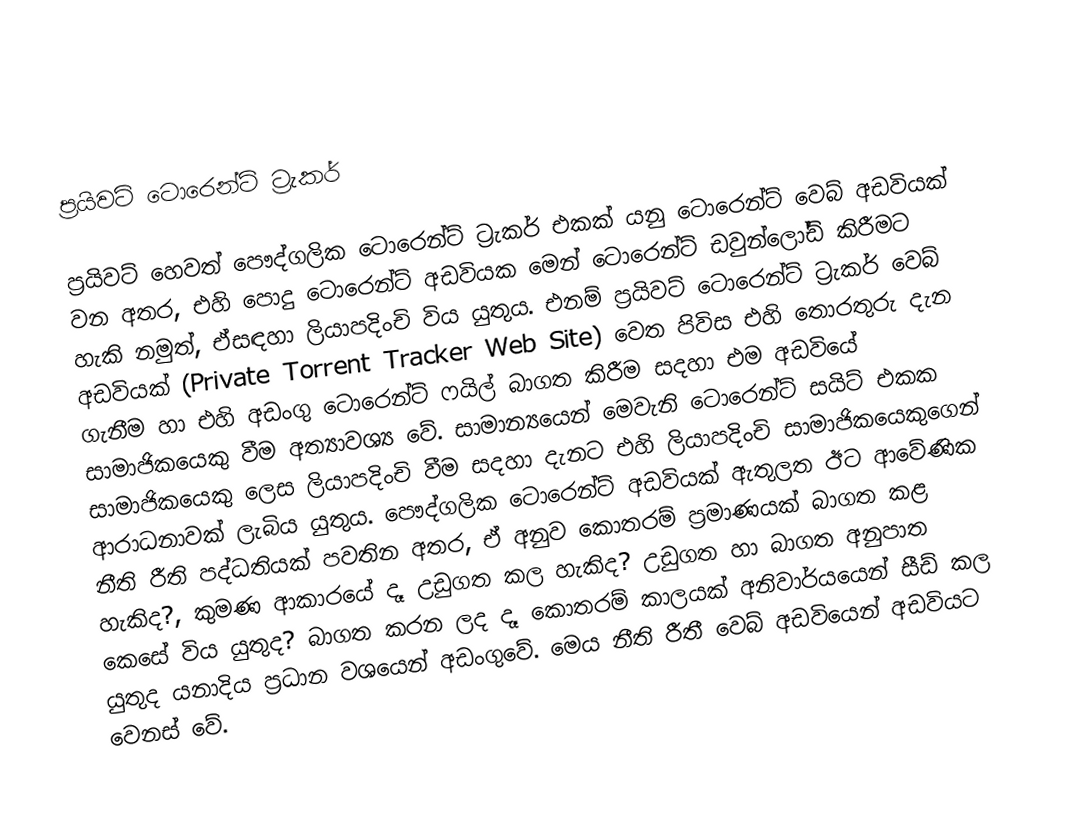

ප්‍රයිවට් ටොරෙන්ට් ට්‍රැකර්

ප්‍රයිවට් හෙවත් පෞද්ගලික ටොරෙන්ට් ට්‍රැකර් එකක් යනු ටොරෙන්ට් වෙබ් අඩවියක් වන අතර, එහි පොදු ටොරෙන්ට් අඩවියක මෙන් ටොරෙන්ට් ඩවුන්ලෝඩ් කිරීමට හැකි නමුත්, ඒසඳහා ලියාපදිංචි විය යුතුය. එනම් ප්‍රයිවට් ටොරෙන්ට් ට්‍රැකර් වෙබ් අඩවියක් (Private Torrent Tracker Web Site) වෙත පිවිස එහි තොරතුරු දැන ගැනීම හා එහි අඩංගු ටොරෙන්ට් ෆයිල් බාගත කිරීම සදහා එම අඩවියේ සාමාජිකයෙකු වීම අත්‍යාවශ්‍ය වේ. සාමාන්‍යයෙන් මෙවැනි ටොරෙන්ට් සයිට් එකක සාමාජිකයෙකු ලෙස ලියාපදිංචි වීම සදහා දැනට එහි ලියාපදිංචි සාමාජිකයෙකුගෙන් ආරාධනාවක් ලැබිය යුතුය. පෞද්ගලික ටොරෙන්ට් අඩවියක් ඇතුලත ඊට ආවේණික නීති රීති පද්ධතියක් පවතින අතර, ඒ අනුව කොතරම් ප්‍රමාණයක් බාගත කළ හැකිද?, කුමණ ආකාරයේ දෑ උඩුගත කල හැකිද? උඩුගත හා බාගත අනුපාත කෙසේ විය යුතුද? බාගත කරන ලද දෑ කොතරම් කාලයක් අනිවාර්යයෙන් සීඩ් කල යුතුද යනාදිය ප්‍රධාන වශයෙන් අඩංගුවේ. මෙය නීති රීතී වෙබ් අඩවියෙන් අඩවියට වෙනස් වේ.